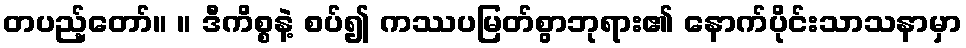
တပည့်တော်။ ။ ဒီကိစ္စနဲ့ စပ်၍ ကဿပမြတ်စွာဘုရား၏ နောက်ပိုင်းသာသနာမှာ